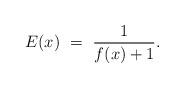
LaTeX: \begin{align*}E(x) \ = \ \frac{1}{f(x) + 1}.\end{align*}